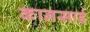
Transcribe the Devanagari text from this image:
कानसाई